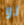
لو